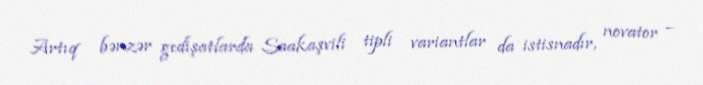
Artıq bənzər gedişatlarda Saakaşvili tipli variantlar da istisnadır, novator –